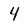
Character: 4